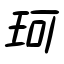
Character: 珂